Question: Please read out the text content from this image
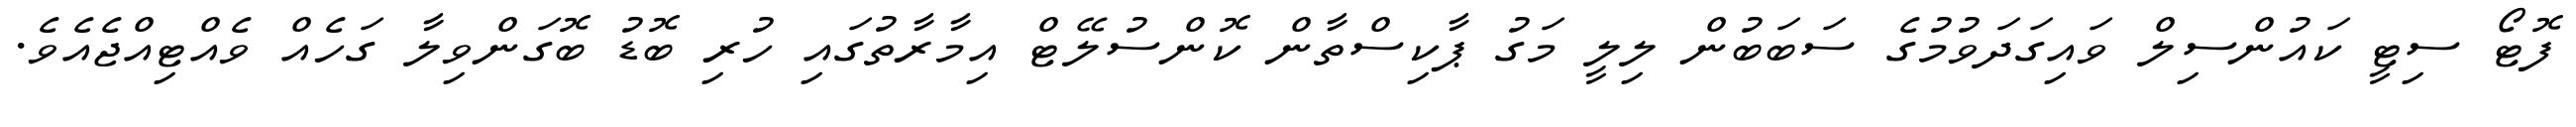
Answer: ފޮޓޯ ސިޓީ ކައުންސިލް ވައިގަދަވުމުގެ ސަބަބުން ލިލީ މަގު ޕާކިސްތާން ކޮންސުލޭޓް އިމާރާތުގައި ހުރި ބޮޑު ބޮގަންވިލާ ގަހެއް ވެއްޓިއްޖެއެވެ.